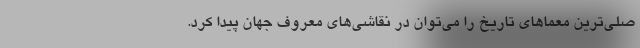
صلی‌ترین معماهای تاریخ را می‌توان در نقاشی‌های معروف جهان پیدا کرد.